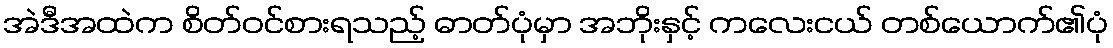
အဲဒီအထဲက စိတ်ဝင်စားရသည့် ဓာတ်ပုံမှာ အဘိုးနှင့် ကလေးငယ် တစ်ယောက်၏ပုံ